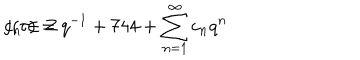
j ( \tau ) = q ^ { - 1 } + 7 4 4 + \sum _ { n = 1 } ^ { \infty } c _ { n } q ^ { n } \hspace { 2 c m } c _ { n } \in { \bf Z }